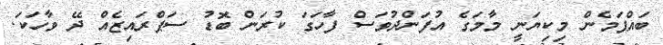
ބައްޕަމެން މިކިޔަނީ މާމަގެ އުފަންދުވަސް ފާހަގަ ކުރަން ބޮޑު ސަޕްރައިޒެއް ދޭ ވާހަކަ.